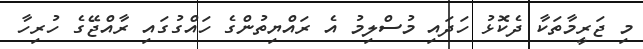
މި ޖަރީމާތަކާ ދެކޮޅު ހަދައި މުސްލިމު އެ ރައްޔިތުންގެ ހައްގުގައި ރާއްޖޭގެ ހުރިހާ